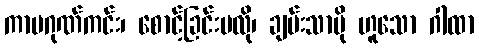
ကာမဂုဏ်ကင်း၊ စောင့်ခြင်းမလို၊ ချမ်းသာပို ဟူသော ဂါထာ